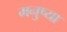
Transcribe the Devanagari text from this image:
मनुष्या